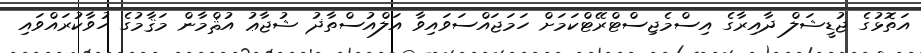
އަތޮޅުގެ ޖުޑީޝަލް ދާއިރާގެ އިސްމެޖިސްޓްރޭޓްކަމަށް ހަމަޖައްސަވައިވާ އަލްއުސްތާޛު ޝުޖާޢު އުޘްމާން މަޤާމުގެ ހުވާކުރައްވައި